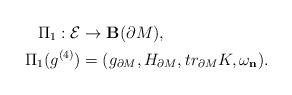
LaTeX: \begin{align*}\Pi_1:\mathcal E&\rightarrow\mathbf B(\partial M),\\\Pi_1(g^{(4)})&=(g_{\partial M},H_{\partial M}, tr_{\partial M} K,\omega_{\mathbf n}).\end{align*}